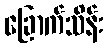
ခြောက်သိန်း